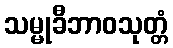
သမ္မုခီဘာဝသုတ္တံ